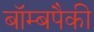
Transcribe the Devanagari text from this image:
बॉम्बपैकी